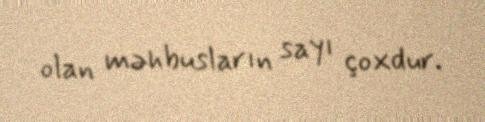
olan məhbusların sayı çoxdur.